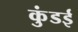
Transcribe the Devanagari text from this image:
कुंडई